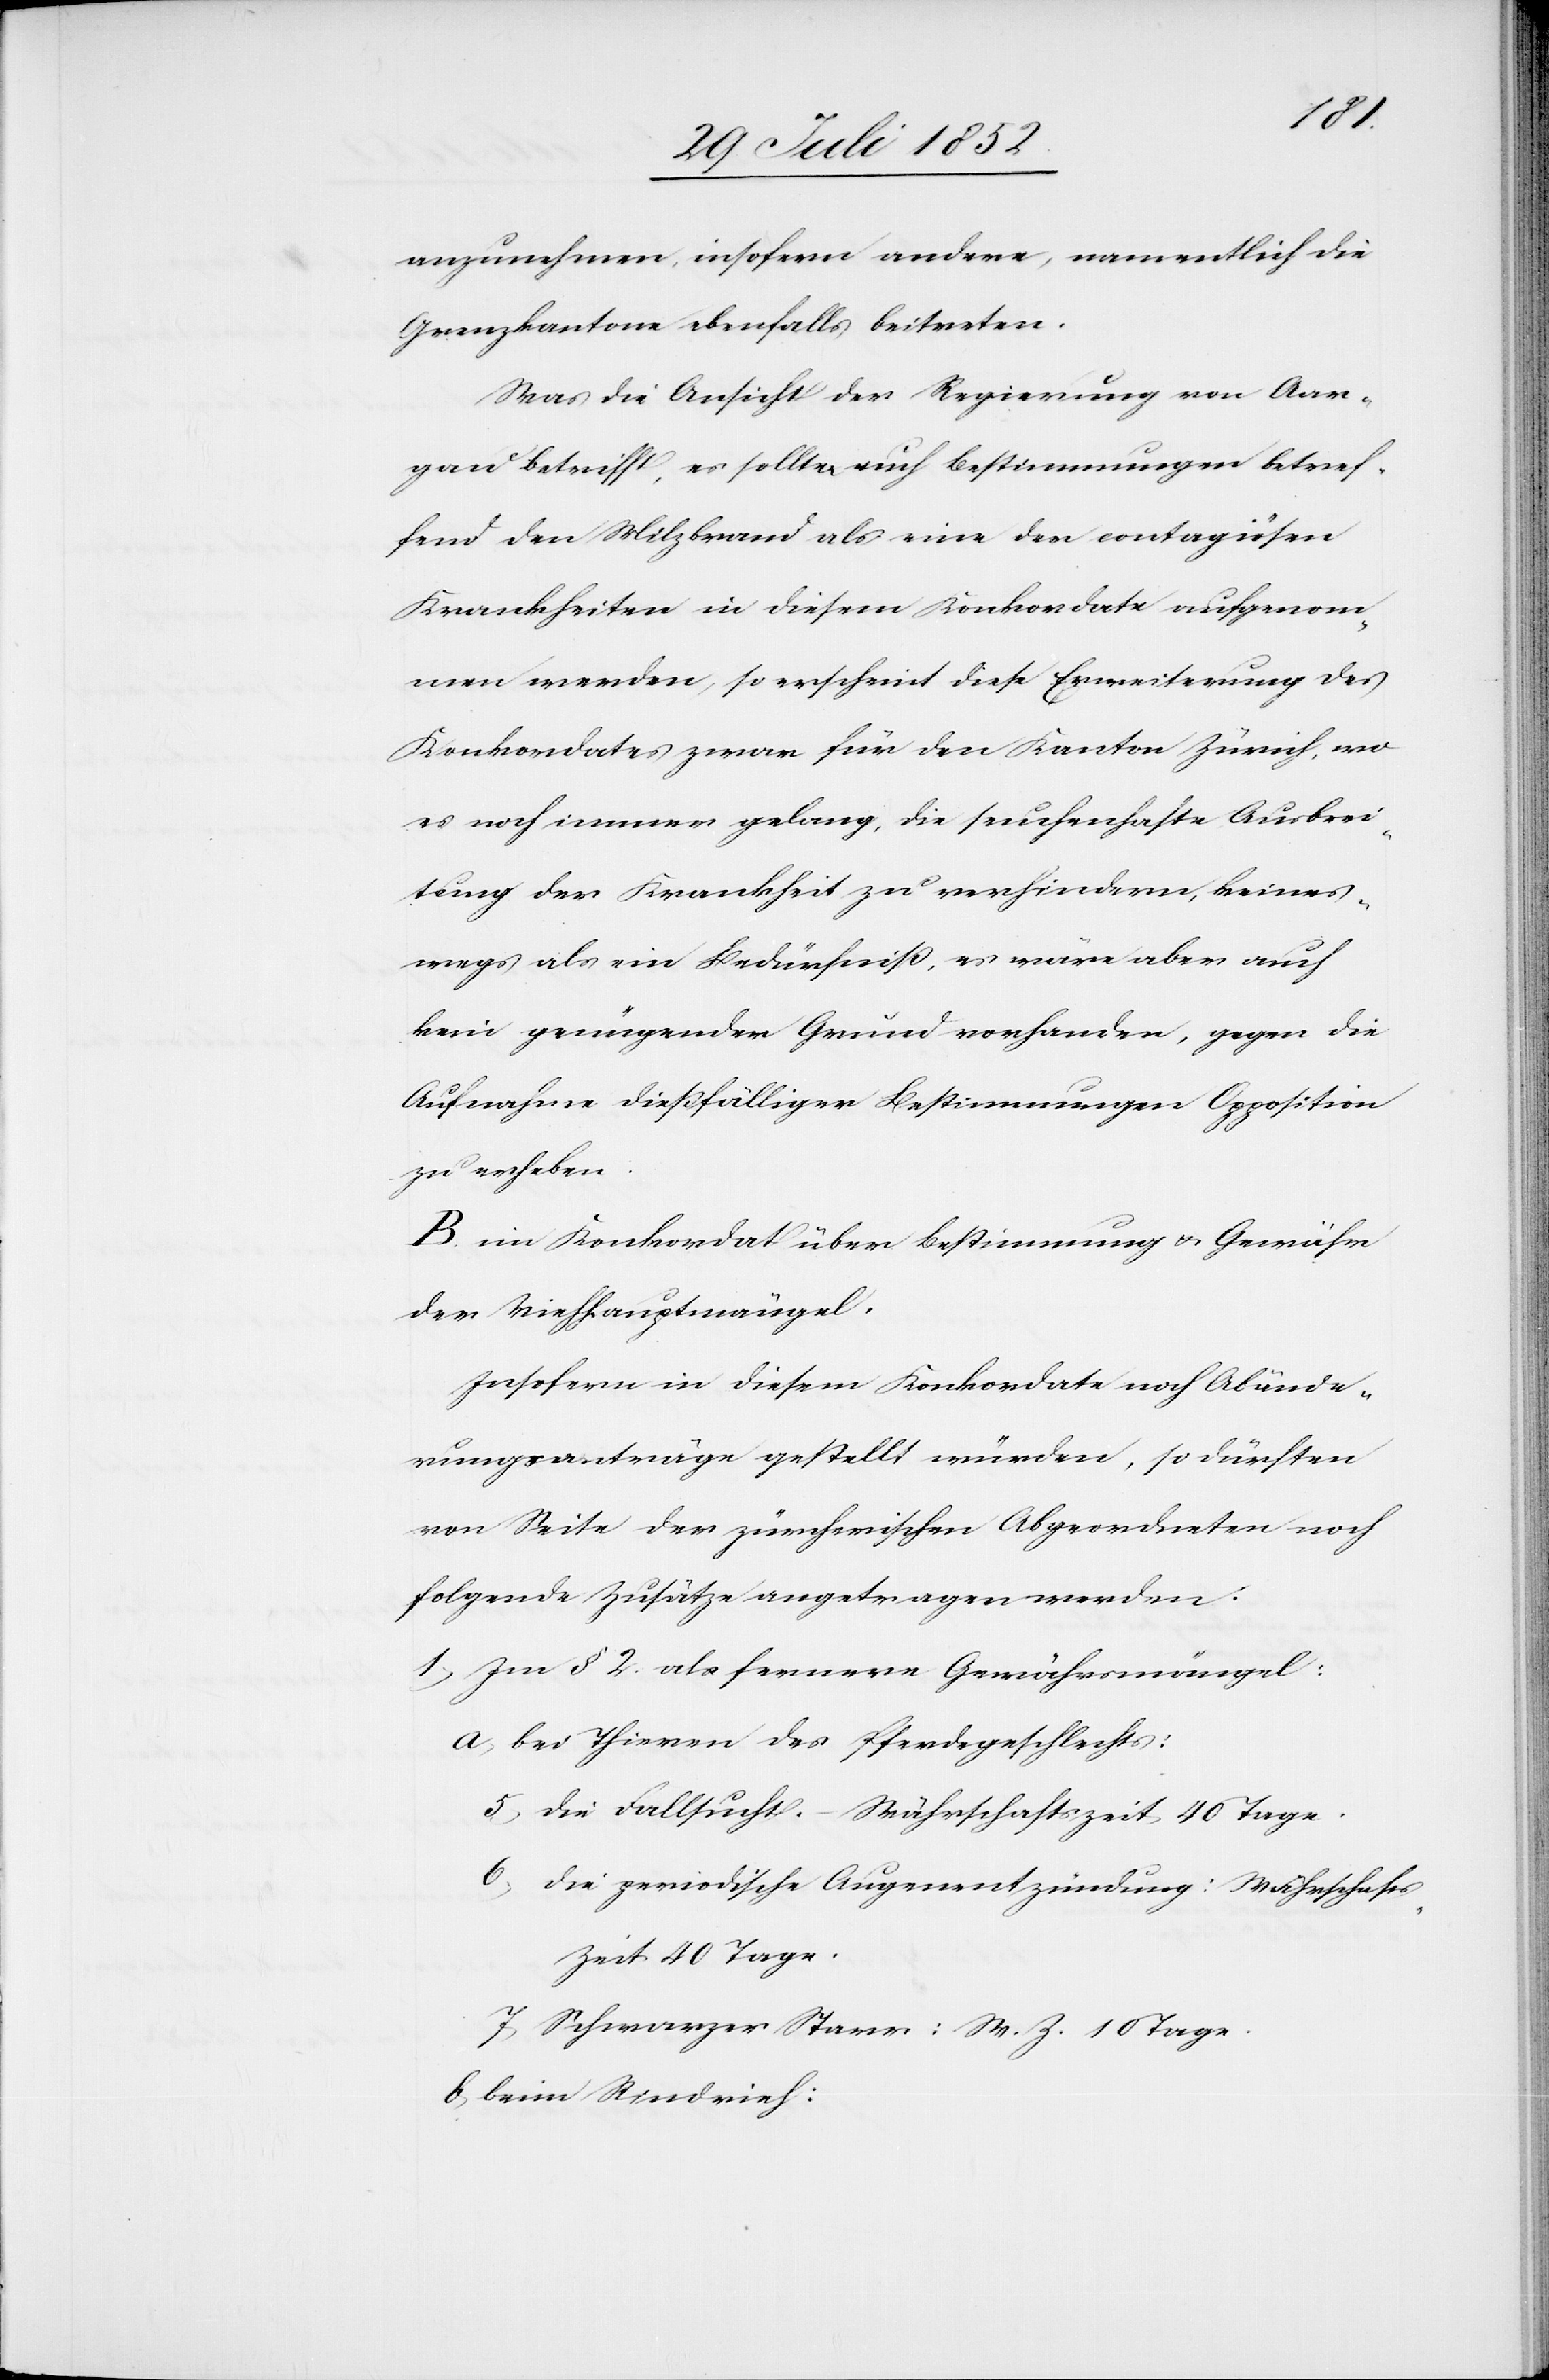
anzunehmen, insofern andere, namentlich die
Grenzkantone ebenfalls beitreten.
Was die Ansicht der Regierung von Aar¬
gau betrifft, es sollten auch Bestimmungen betref¬
fend den Milzbrand als eine der contagiösen
Krankheiten in diesem Konkordate aufgenom¬
men werden, so erscheint diese Erweiterung des
Konkordates zwar für den Kanton Zürich, wo
es noch immer gelang, die seuchenhafte Ausbrei¬
tung der Krankheit zu verhindern, keines¬
wegs als ein Bedürfniß, es wäre aber auch
kein genügender Grund vorhanden, gegen die
Aufnahme dießfälliger Bestimmungen Opposition
zu erheben.
B. im Konkordat über Bestimmung & Gewähr
der Viehhauptmängel.
Insofern in diesem Konkordate noch Abände¬
rungsanträge gestellt würden, so dürften
von Seite der zürcherischen Abgeordneten noch
folgende Zusätze angetragen werden:
Im § 2. als fernere Gewährsmängel:
bei Thieren des Pferdegeschlechts:
die Fallsucht. – Währschaftszeit 40 Tage
die periodische Augenentzündung: Währschafts¬
zeit 40 Tage.
Schwarzer Starr: W. Z. 10 Tage.
beim Rindvieh: